Scottish Leaving Certificate Examination, 1956
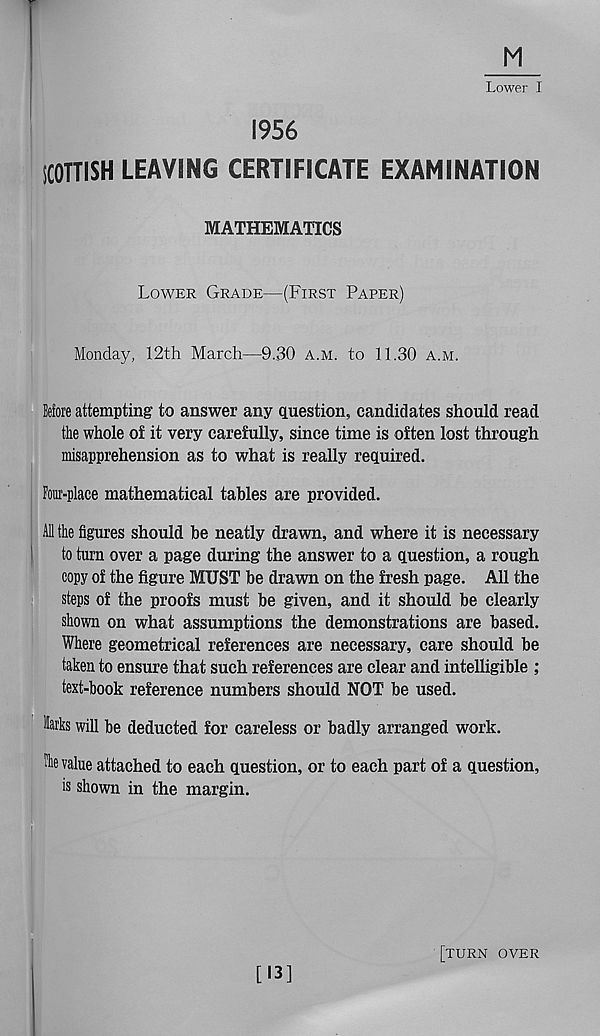
M
Lower I
1956
SCOTTISH LEAVING CERTIFICATE EXAMINATION
MATHEMATICS
Lower Grade—(First Paper)
Monday, 12th March—9.30 a.m. to 11.30 a.m.
Before attempting to answer any question, candidates should read
the whole of it very carefully, since time is often lost through
misapprehension as to what is really required.
Four-place mathematical tables are provided.
All the figures should be neatly drawn, and where it is necessary
to turn over a page during the answer to a question, a rough
copy of the figure MUST be drawn on the fresh page. All the
steps of the proofs must be given, and it should be clearly
shown on what assumptions the demonstrations are based.
Where geometrical references are necessary, care should be
taken to ensure that such references are clear and intelligible ;
text-book reference numbers should NOT be used.
Harks will be deducted for careless or badly arranged work.
Mie value attached to each question, or to each part of a question,
is shown in the margin.
[13]
[turn over